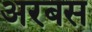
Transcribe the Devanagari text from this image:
अरबस